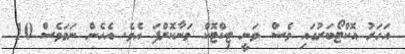
އަހަރު އޮކްޓޯބަރުގައި ވެސް ވަނީ ޓިކްޓޮކް މަނާކޮށްފަ އެވެ. އެހެން ނަަމަވެސް 10